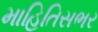
માહિતિસભર